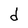
Character: d